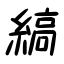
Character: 縞